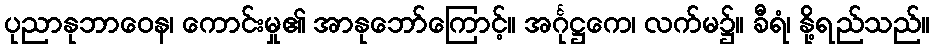
ပုညာနုဘာဝေန၊ ကောင်းမှု၏ အာနုဘော်ကြောင့်။ အင်္ဂုဋ္ဌကေ၊ လက်မ၌။ ခီရံ၊ နို့ရည်သည်။